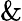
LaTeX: \mathrm{\& }